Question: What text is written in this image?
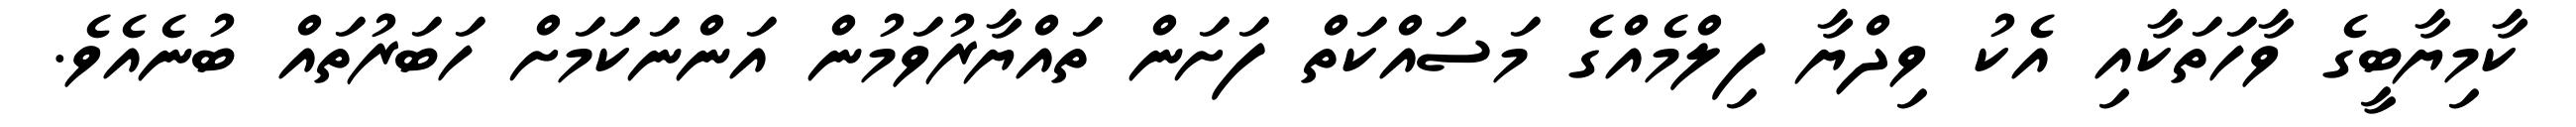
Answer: ކާމިޔާބީގެ ވާހަތަކާއި އެކު ވިދްޔާ ފިލްމެއްގެ މަސައްކަތް ފަށަން ތައްޔާރުވަމުން އަންނަކަމަށް ހަބަރުތައް ބުނެއެވެ.